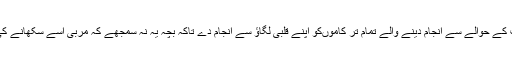
تربیّت کرنے والے کو چاہیے کہ وہ تربیّت کے حوالے سے انجام دینے والے تمام تر کاموںکو اپنے قلبی لگاؤ سے انجام دے تاکہ بچہ یہ نہ سمجھے کہ مرّبی اسے سکھانے کی خاطر فقطActingیا اداکاری کررہا ہے۔